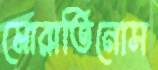
মোরাতিনোস